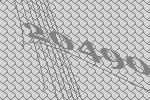
20490